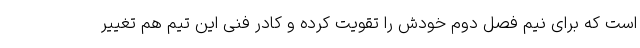
است که برای نیم فصل دوم خودش را تقویت کرده و کادر فنی این تیم هم تغییر